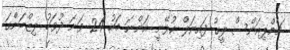
ޗެމްޕިއަންސް ލީގު ފައިނަލް ކުޅޭނީ އަންނަ މަހު 24 ވަނަ ދުވަހު ލިޒްބަންގަ